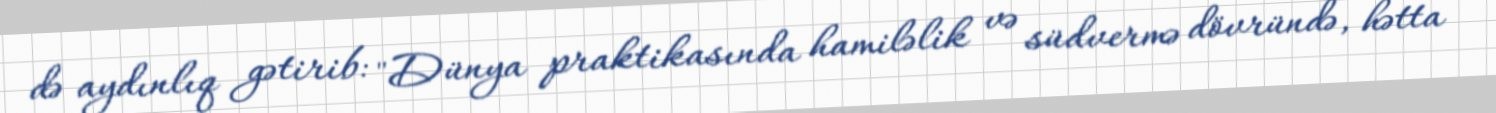
də aydınlıq gətirib: "Dünya praktikasında hamiləlik və südvermə dövründə, hətta